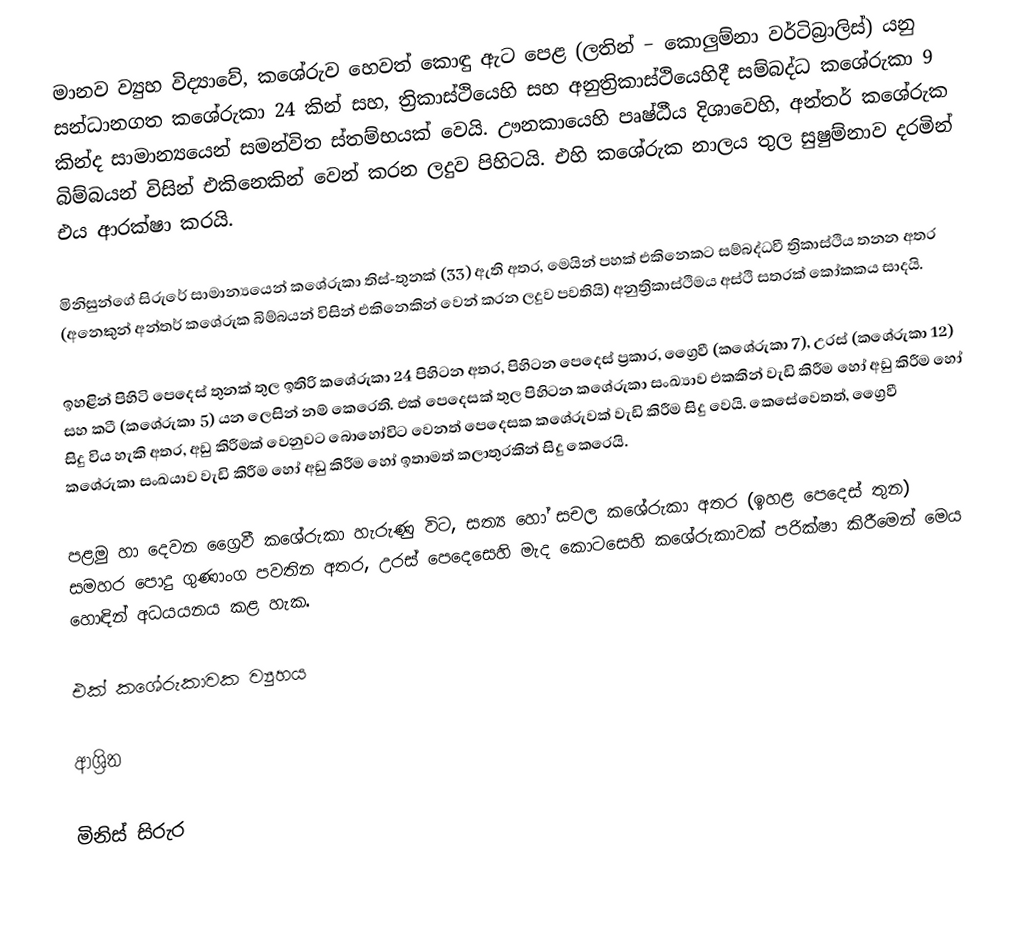
මානව ව්‍යුහ විද්‍යාවේ, කශේරුව  හෙවත් කොඳු ඇට පෙළ (ලතින් − කොලුම්නා වර්ටිබ්‍රාලිස්)  යනු  සන්ධානගත කශේරුකා 24 කින් සහ, ත්‍රිකාස්ථියෙහි සහ  අනුත්‍රිකාස්ථියෙහිදී සම්බද්ධ කශේරුකා  9 කින්ද  සාමාන්‍යයෙන් සමන්විත ස්තම්භයක් වෙයි. ඌනකායෙහි පෘෂ්ඨීය  දිශාවෙහි,   අන්තර් කශේරුක බිම්බයන් විසින් එකිනෙකින් වෙන් කරන ලදුව පිහිටයි.  එහි කශේරුක නාලය තුල සුෂුම්නාව දරමින් එය ආරක්ෂා කරයි.

මිනිසුන්ගේ සිරුරේ සාමාන්‍යයෙන් කශේරුකා තිස්-තුනක් (33) ඇති අතර, මෙයින් පහක් එකිනෙකට සම්බද්ධවී  ත්‍රිකාස්ථිය තනන අතර (අනෙකුන්   අන්තර් කශේරුක බිම්බයන් විසින් එකිනෙකින් වෙන් කරන ලදුව පවතියි) අනුත්‍රිකාස්ථිමය අස්ථි සතරක් කෝකකය සාදයි.

ඉහළින් පිහිටි පෙදෙස් තුනක් තුල ඉතිරි කශේරුකා 24 පිහිටන අතර, පිහිටන පෙදෙස් ප්‍රකාර, ග්‍රෛවී (කශේරුකා 7), උරස් (කශේරුකා 12) සහ  කටී (කශේරුකා 5) යන ලෙසින් නම් කෙරෙති. එක් පෙදෙසක් තුල පිහිටන කශේරුකා සංඛ්‍යාව එකකින් වැඩි කිරීම හෝ අඩු කිරීම හෝ සිදු විය හැකි අතර, අඩු කිරීමක් වෙනුවට බොහෝවිට වෙනත් පෙදෙසක කශේරුවක් වැඩි කිරීම සිදු වෙයි. කෙසේවෙතත්, ග්‍රෛවී කශේරුකා සංඛයාව වැඩි කිරීම හෝ අඩු කිරීම හෝ ඉතාමත් කලාතුරකින් සිදු කෙරෙයි.

පළමු හා දෙවන ග්‍රෛවී කශේරුකා හැරුණු විට, සත්‍ය හෝ සචල කශේරුකා අතර (ඉහළ පෙදෙස් තුන) සමහර පොදු ගුණාංග පවතින අතර, උරස් පෙදෙසෙහි මැද කොටසෙහි කශේරුකාවක් පරික්ෂා කිරීමෙන් මෙය හොඳින් අධයයනය කළ හැක.

එක් කශේරුකාවක ව්‍යුහය

ආශ්‍රිත

මිනිස් සිරුර